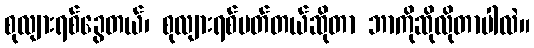
စုလျားရစ်ခွေတယ်၊ စုလျားရစ်ပတ်တယ်ဆိုတာ ဘာကိုဆိုလိုတာပါလဲ။